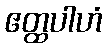
ဧတ္ထပါဟံ